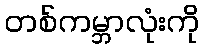
တစ်ကမ္ဘာလုံးကို